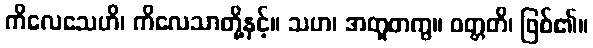
ကိလေသေဟိ၊ ကိလေသာတို့နှင့်။ သဟ၊ အတူတကွ။ ဝတ္တတိ၊ ဖြစ်၏။